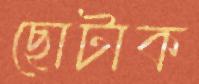
ছোটাক